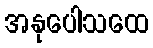
အနုပေါသထေ